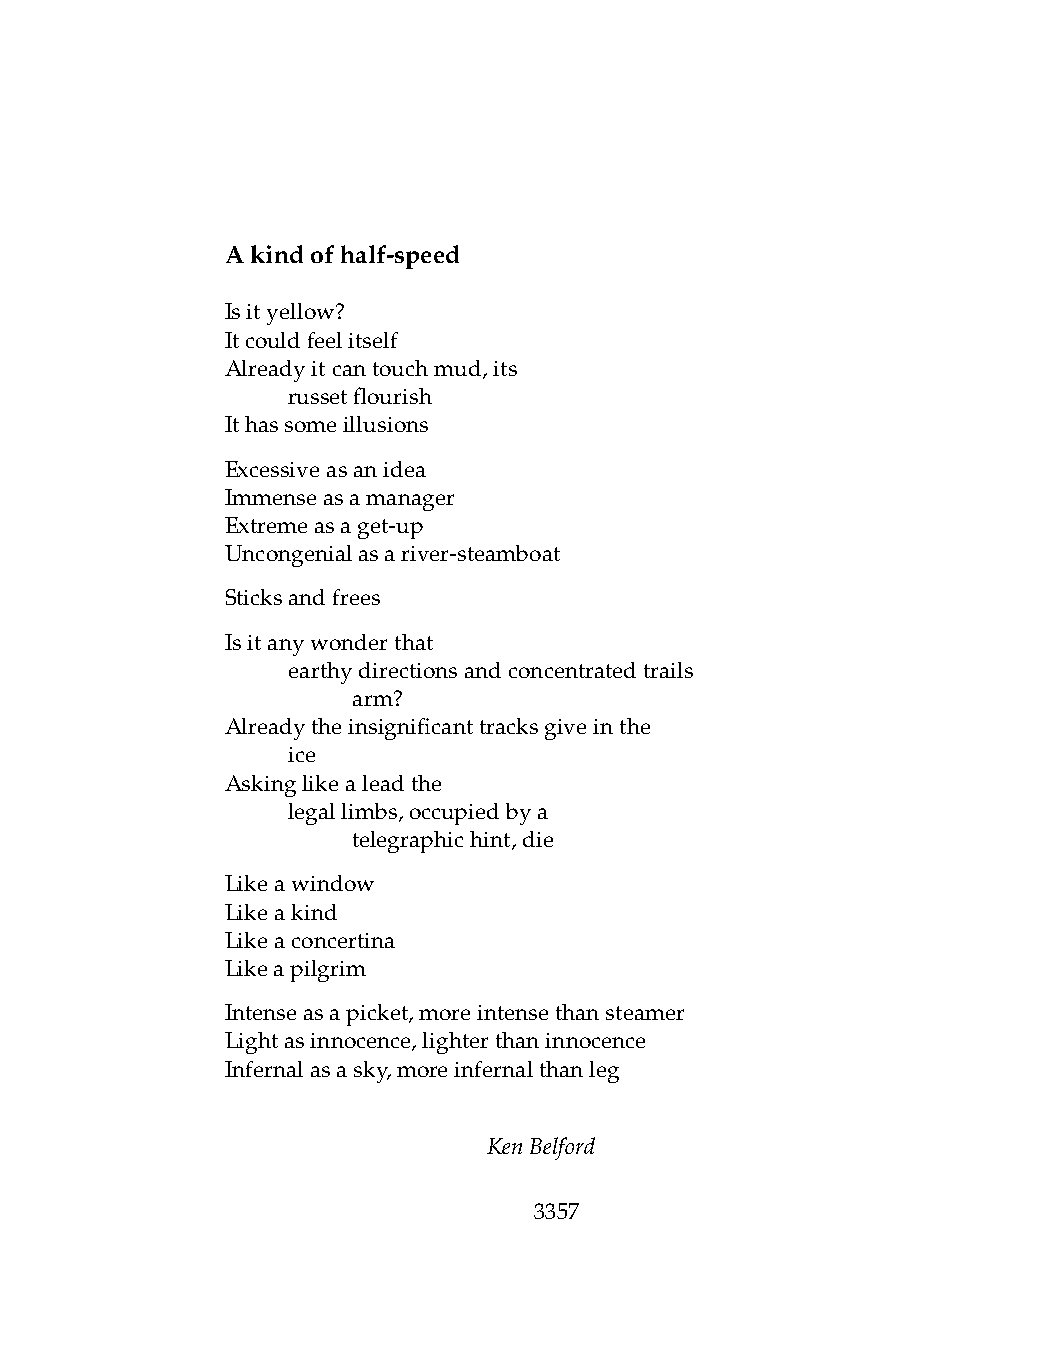
Akindofhalf-speed
 Isityellow?
 Itcouldfeelitself
 Alreadyitcantouchmud,its
 .   russetflourish
 Ithassomeillusions
 Excessiveasanidea
 Immenseasamanager
 Extremeasaget-up
 Uncongenialasariver-steamboat
 Sticksandfrees
 Isitanywonderthat
 .   earthydirectionsandconcentratedtrails
 .   .   arm?
 Alreadytheinsignificanttracksgiveinthe
 .   ice
 Askinglikealeadthe
 .   legallimbs,occupiedbya
 .   .   telegraphichint,die
 Likeawindow
 Likeakind
 Likeaconcertina
 Likeapilgrim
 Intenseasapicket,moreintensethansteamer
 Lightasinnocence,lighterthaninnocence
 Infernalasasky,moreinfernalthanleg
 KenBelford
 3357